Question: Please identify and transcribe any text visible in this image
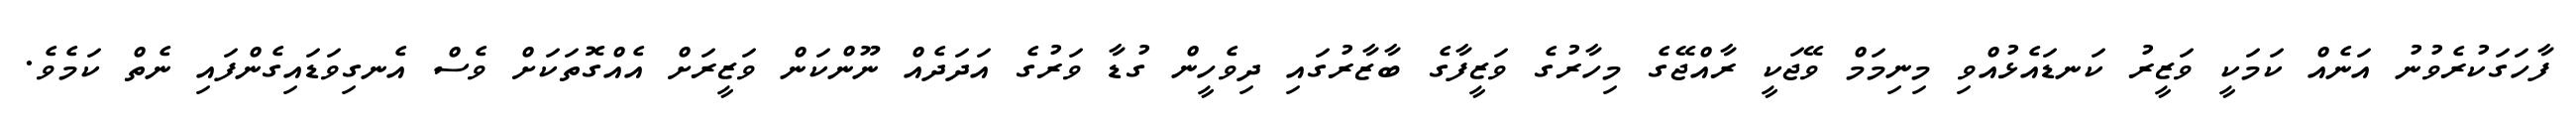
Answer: ފާހަގަކުރެވުނު އަނެއް ކަމަކީ ވަޒީރު ކަނޑައެޅުއްވި މިނިމަމް ވޭޖަކީ ރާއްޖޭގެ މިހާރުގެ ވަޒީފާގެ ބާޒާރުގައި ދިވެހީން ގުޑާ ވަރުގެ އަދަދެއް ނޫންކަން ވަޒީރަށް އެއްގޮތަކަށް ވެސް އެނގިވަޑައިގެންފައި ނެތް ކަމެވެ.